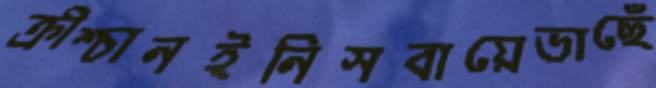
ক্রীশ্চানইনিসবায়েভাছেঁ